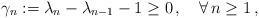
LaTeX: \begin{align*}\gamma_n := \lambda_n - \lambda_{n-1} - 1 \ge 0 \, , \ \ \ \forall \, n \ge 1 \, ,\end{align*}